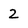
Character: 2